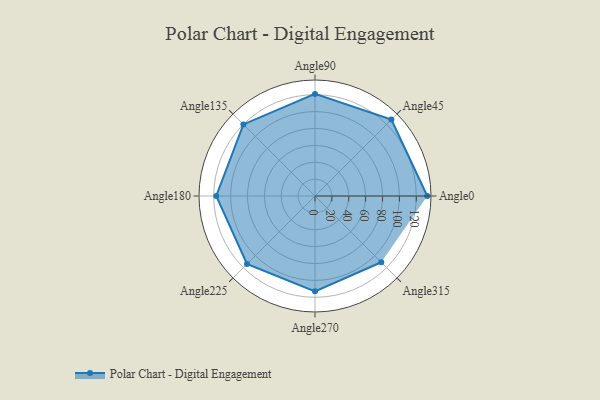
{"axis": {"x": "Angle", "y": "Radius"}, "legend": [""], "data": [{"x": "Angle0", "y": 133.0, "type": ""}, {"x": "Angle45", "y": 128.0, "type": ""}, {"x": "Angle90", "y": 121.0, "type": ""}, {"x": "Angle135", "y": 120.0, "type": ""}, {"x": "Angle180", "y": 117.0, "type": ""}, {"x": "Angle225", "y": 114.0, "type": ""}, {"x": "Angle270", "y": 113.0, "type": ""}, {"x": "Angle315", "y": 111.0, "type": ""}]}